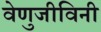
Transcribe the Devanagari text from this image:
वेणुजीविनी